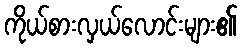
ကိုယ်စားလှယ်လောင်းများ၏